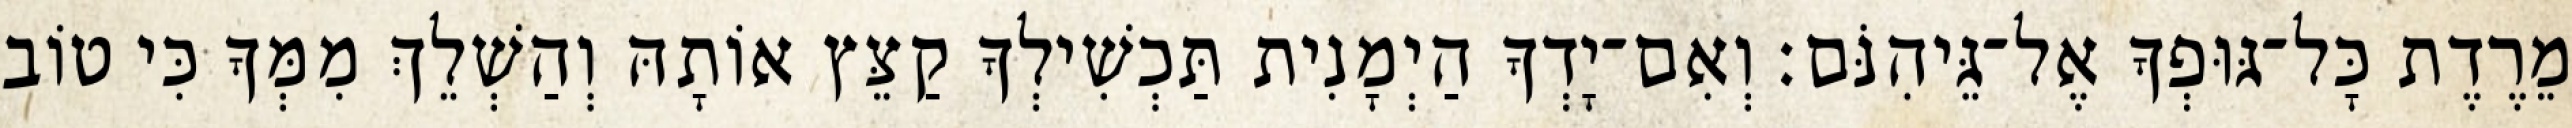
מֵרֶדֶת כָּל־גּוּפְךָ אֶל־גֵּיהִנֹּם׃ וְאִם־יָדְךָ הַיְמָנִית תַּכְשִׁילְךָ קַצֵּץ אוֹתָהּ וְהַשְׁלֵךְ מִמְּךָ כִּי טוֹב